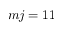
m j = 1 1